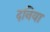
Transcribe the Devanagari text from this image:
दनिया